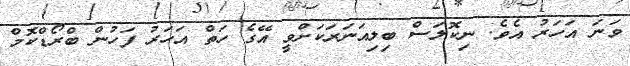
ވަނަ އަހަރު އެވެ. ނިކޮލަސް ބިލިއަނަރަކަށްވީ އޭގެ ހަތް އަހަރު ފަހުން ބްރޯޑްކޮމް